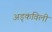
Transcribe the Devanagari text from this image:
अड्कविली